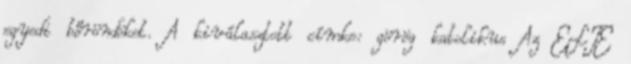
egyedi bőröndöket. A kiválasztott címke: görög katolikus Az ELTE